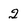
Character: 2